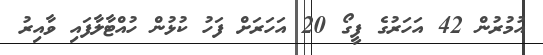
އުމުރުން 42 އަހަރުގެ ފީގޯ 20 އަހަރަށް ފަހު ކުޅުން ހުއްޓާލާފައި ވާއިރު